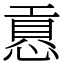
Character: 慐